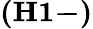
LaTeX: \mathbf{(H1-)}